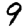
Digit: 9